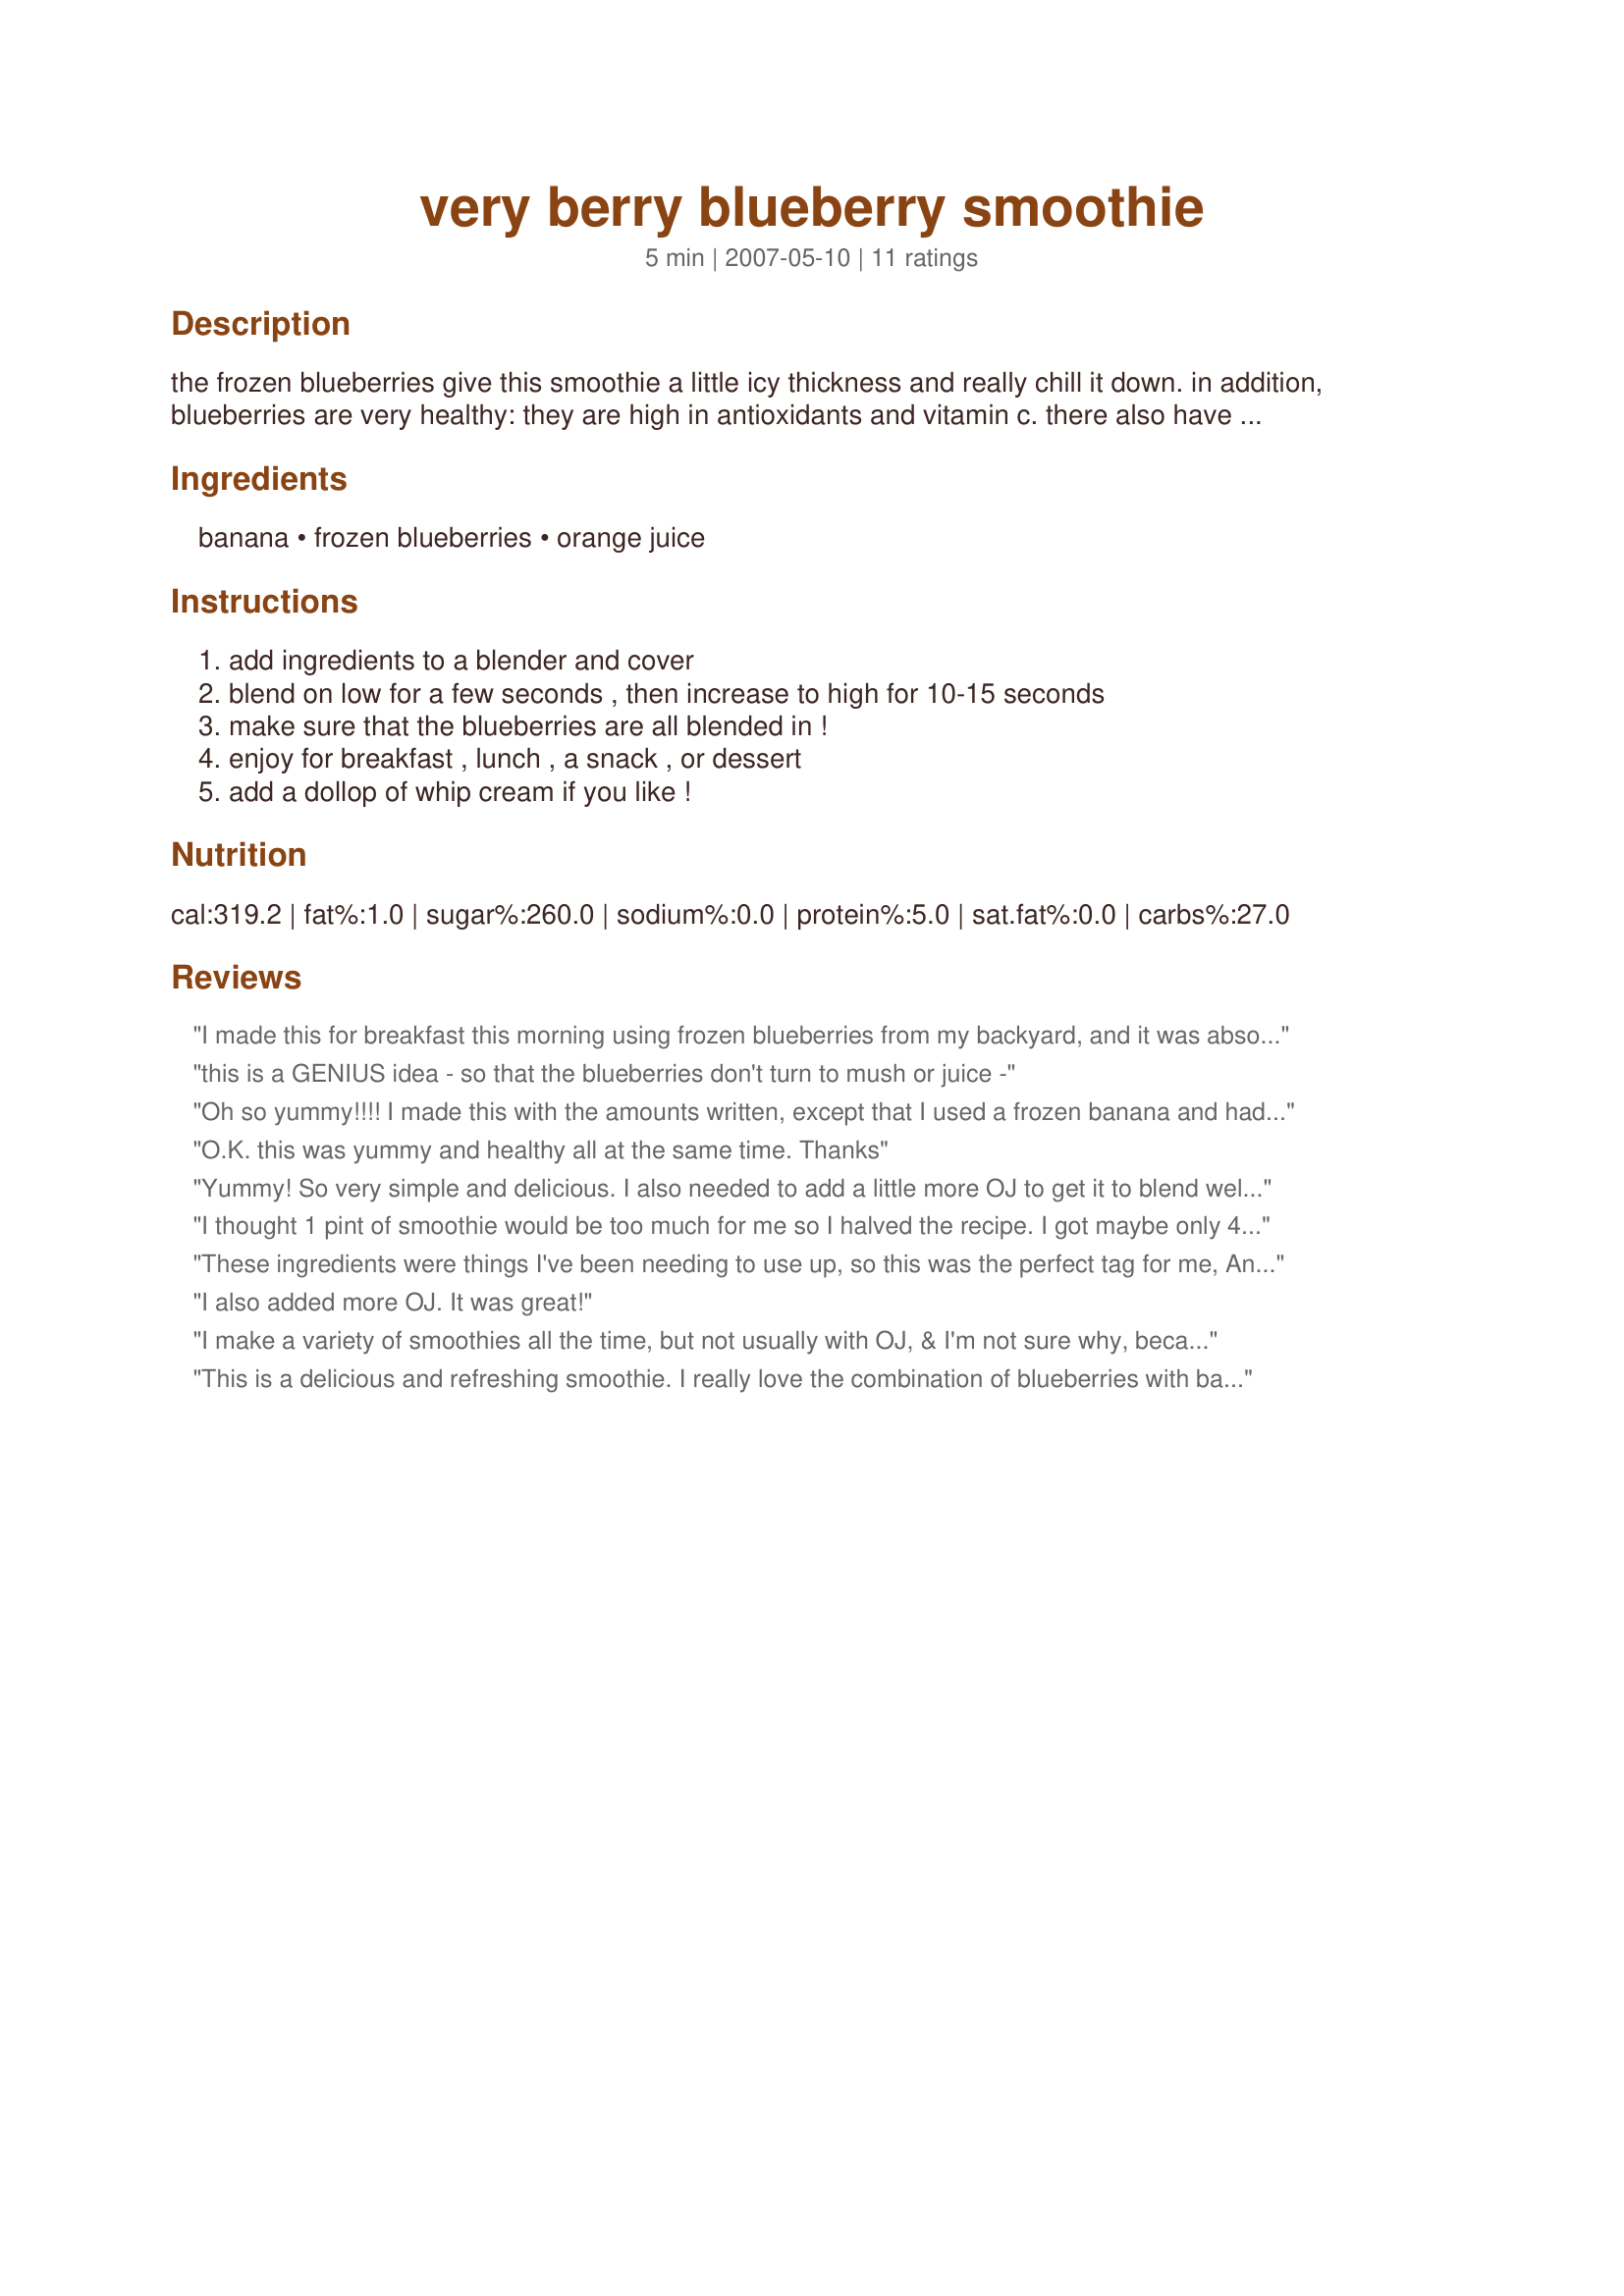
very berry blueberry smoothie
Preparation time: 5 minutes

the frozen blueberries give this smoothie a little icy thickness and really chill it down. in addition, blueberries are very healthy: they are high in antioxidants and vitamin c. there also have been studies indicating that blueberries slow the aging process of the brain! simple, delicious, and healthy!

Ingredients:
banana, frozen blueberries, orange juice

Steps:
add ingredients to a blender and cover, blend on low for a few seconds , then increase to high for 10-15 seconds, make sure that the blueberries are all blended in !, enjoy for breakfast , lunch , a snack , or dessert, add a dollop of whip cream if you like !

Reviews:
I made this for breakfast this morning using frozen blueberries from my backyard, and it was absolutely delicious! My calorie count was a little off though, only 211 in the whole thing! Thanks for posting!
this is a GENIUS idea - so that the blueberries don't turn to mush or juice -
Oh so yummy!!!! I made this with the amounts written, except that I used a frozen banana and had to add more OJ to get it to thinner for blending!!! I also loved that it was all fruit and so healthy!!! Thanks poo and congrats on your football pool win!!!
O.K. this was yummy and healthy all at the same time. Thanks
Yummy! So very simple and delicious. I also needed to add a little more OJ to get it to blend well. Thanks poo for a great treat. Made for Healthy Choices Tag.
I thought 1 pint of smoothie would be too much for me so I halved the recipe. I got maybe only 4 ounces of smoothie. So next time I won't halve the recipe. I'm not sure it gives 1 pint. The taste is really good. Thanks Poo :) Made for I Recommend tag game
These ingredients were things I've been needing to use up, so this was the perfect tag for me, And... it turned out fantastic. As carrie said, the frozen berries kept it fresh and not mushy at all. Thanks for a great smoothie that I will certainly use again. Will certainly keep this for next summer when I'm wondering what to do with all those berries.
I also added more OJ. It was great!
I make a variety of smoothies all the time, but not usually with OJ, & I'm not sure why, because not only do I usually have some on hand, but making this recipes really lets me know how tasty it can be! Made pretty much as given, although I did triple it so there'd be 2 tall drinks at the end, & I was another one who increased the amount of OJ! Will certainly be making this again! [Made & reviewed in Zaar Cookbook recipe tag]
This is a delicious and refreshing smoothie. I really love the combination of blueberries with bananas. Thanks for sharing!
This was great!! I made it exactly as posted except I added a little extra OJ to thin it out a little...but it tasted deelish and what a great little treat! Congrats on winning the football pool! Made for Football Pool win Week 3.
